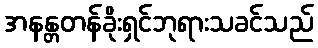
အနန္တတန်ခိုးရှင်ဘုရားသခင်သည်